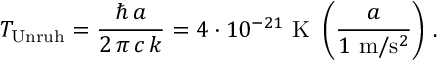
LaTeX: T _ { \mathrm { U n r u h } } = \frac { \hbar \, { a } } { 2 \, \pi \, c \, k } = { 4 \cdot 1 0 ^ { - 2 1 } \ \mathrm { K } } \ \left( \frac { a } { 1 \ \mathrm { m } / \mathrm { s } ^ { 2 } } \right) \, .